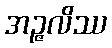
အဉ္ဇလိဿ